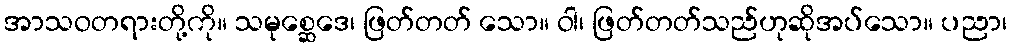
အာသဝတရားတို့ကို။ သမုစ္ဆေဒေ၊ ဖြတ်တတ် သော။ ဝါ၊ ဖြတ်တတ်သည်ဟုဆိုအပ်သော။ ပညာ၊